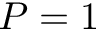
P = 1